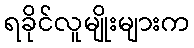
ရခိုင်လူမျိုးများက